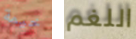
خيمة اللغم